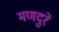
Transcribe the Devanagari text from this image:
मणदुरे